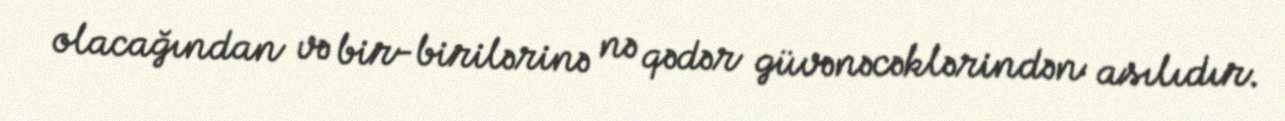
olacağından və bir-birilərinə nə qədər güvənəcəklərindən asılıdır.